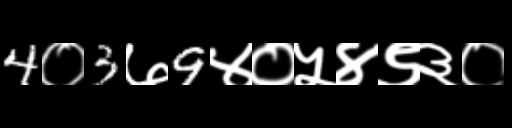
Text: 4०3७9४०५४९३०